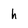
Character: h